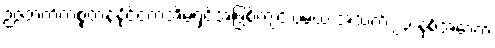
ဉဇဘက်ကစ္စတန်နိုင်ငံကအိမ်ရှင်အဖြစ်ကျင်းပမယ့် အသက် ၂၃ နှစ်အောက်